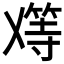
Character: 𬼑